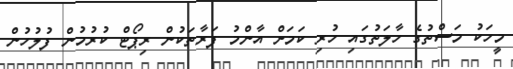
މީހަކު މަސްތުގެ ހާލަތުގައި ހުރި ކަމަށް އާންމު ފަރާތަކުން ރިޕޯޓް ކުރުމުން ފުލުހުން